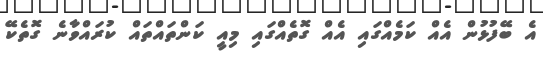
އެ ބޭފުޅުން އެއް ކަމެއްގައި އެއް ގޮތެއްގައި މިއީ ކަންތައްތައް ކުރައްވާނެ ގޮތެކޭ